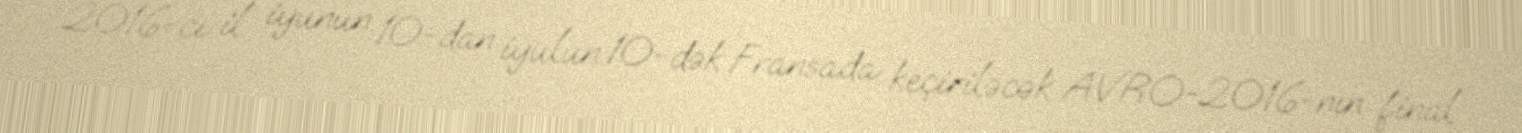
2016-cı il iyunun 10-dan iyulun 10-dək Fransada keçiriləcək AVRO-2016-nın final